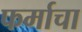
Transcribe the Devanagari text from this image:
फर्माचा